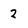
Character: 2